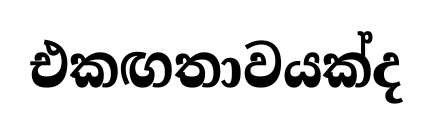
එකඟතාවයක්ද